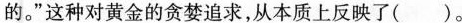
的。”这种对黄金的贪婪追求，从本质上反映了( )。